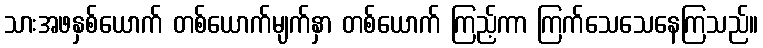
သားအဖနှစ်ယောက် တစ်ယောက်မျက်နှာ တစ်ယောက် ကြည့်ကာ ကြက်သေသေနေကြသည်။